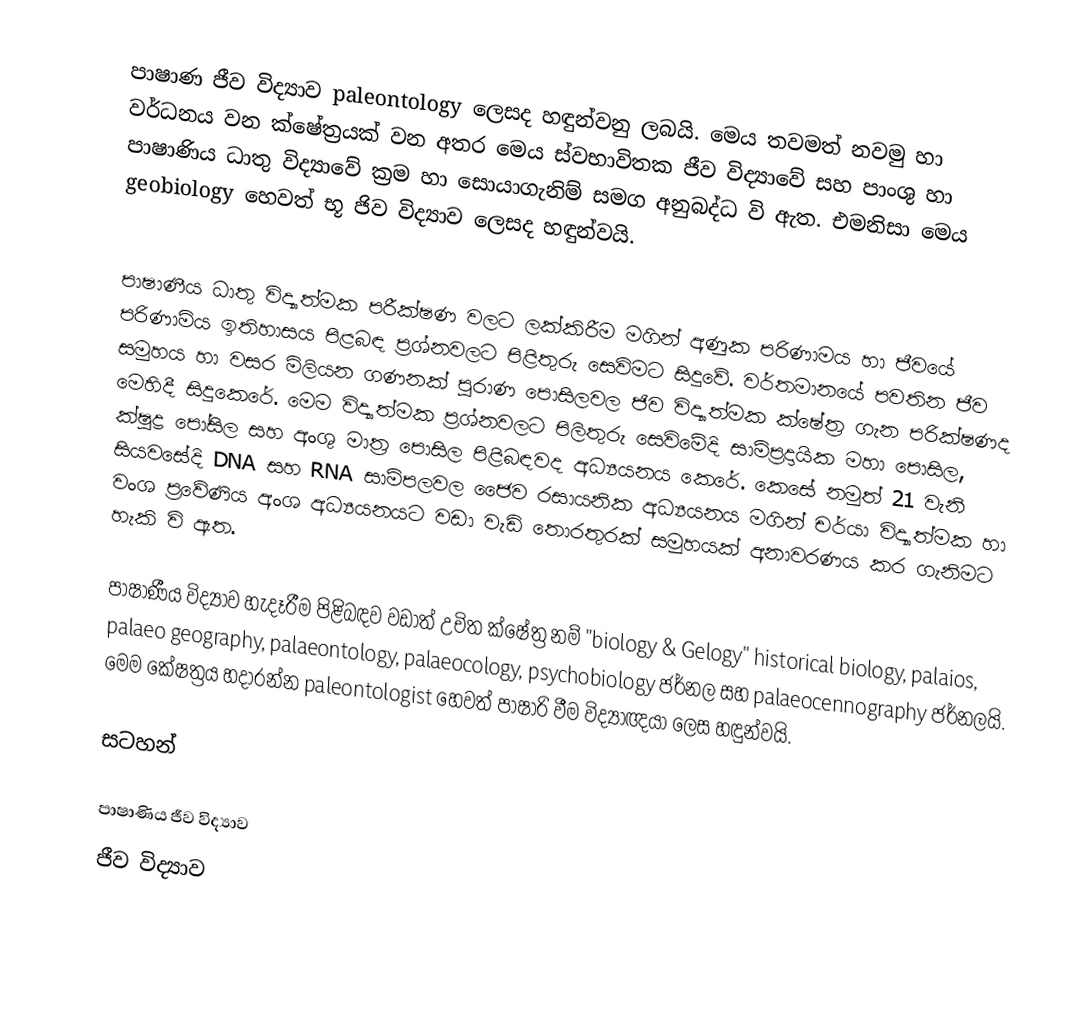
පාෂාණ ජීව විද්‍යාව paleontology ලෙසද හඳුන්වනු ලබයි. මෙය තවමත් නවමු හා වර්ධනය වන ක්ෂේත්‍රයක් වන අතර මෙය ස්වභාවිතක ජීව විද්‍යාවේ සහ පාංශු හා පාෂාණිය ධාතු විද්‍යාවේ ක්‍රම හා සොයාගැනිම් සමග අනුබද්ධ වි ඇත. එමනිසා මෙය geobiology හෙවත් භූ ජිව විද්‍යාව ලෙසද හඳුන්වයි.

පාෂාණීය ධාතු විද්‍යාත්මක පරීක්ෂණ වලට ලක්කිරීම මගින් අණුක පරිණාමය හා ජීවයේ පරිණාමිය ඉතිහාසය පිළබඳ ප්‍රශ්නවලට පිළිතුරු සෙවිමට සිදුවේ. වර්තමානයේ පවතින ජීව සමුහය හා වසර මිලියන ගණනක් පුරාණ පොසිලවල ජිව විද්‍යාත්මක ක්ෂේත්‍ර ගැන පරික්ෂණද මෙහිදී සිදුකෙරේ. මෙම විද්‍යාත්මක ප්‍රශ්නවලට පිලිතුරු සෙවිමේදි සාම්ප්‍රදායික මහා පොසිල, ක්ෂුද්‍ර පෝසිල සහ අංශු මාත්‍ර පොසිල පිළිබඳවද අධ්‍යයනය කෙරේ. කෙසේ නමුත් 21 වැනි සියවසේදි DNA සහ RNA සාම්පලවල ජෛව රසායනික අධ්‍යයනය මගින් චර්යා විද්‍යාත්මක හා වංශ ප්‍රවේණිය අංශ අධ්‍යයනයට වඩා වැඩි තොරතුරක් සමුහයක් අනාවරණය කර ගැනිමට හැකි වි ඇත.

පාෂාණීය විද්‍යාව හැදෑරීම පිළිබඳව වඩාත් උචිත ක්ෂේත්‍ර නම් "biology & Gelogy" historical biology, palaios, palaeo geography, palaeontology, palaeocology, psychobiology ජර්නල සහ palaeocennography ජර්නලයි. මෙම කේෂත්‍රය හදාරන්න paleontologist හෙවත් පාෂාරි වීම විද්‍යාඥයා ලෙස හඳුන්වයි.

සටහන්

පාෂාණිය ජීව විද්‍යාව
ජීව විද්‍යාව